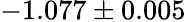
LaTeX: -1.077\pm 0.005